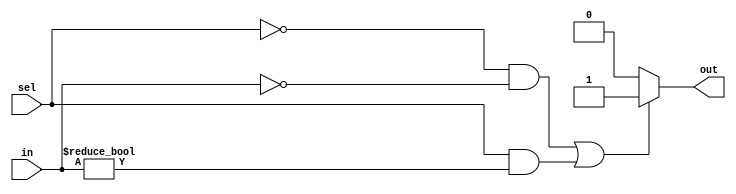
`timescale 1ns / 1ps
// sel = 0 Movz
// sel = 1 Movn
module ZeroCompSometimes(in, out, sel);
    
    input [31:0] in;
    input sel;
    output reg out;
    
    always@(in, sel) begin
        if ( (sel == 0 && in == 32'b0) || (sel == 1 && in != 32'b0) )
            out <= 1;
        else
            out <= 0;
    end

endmodule